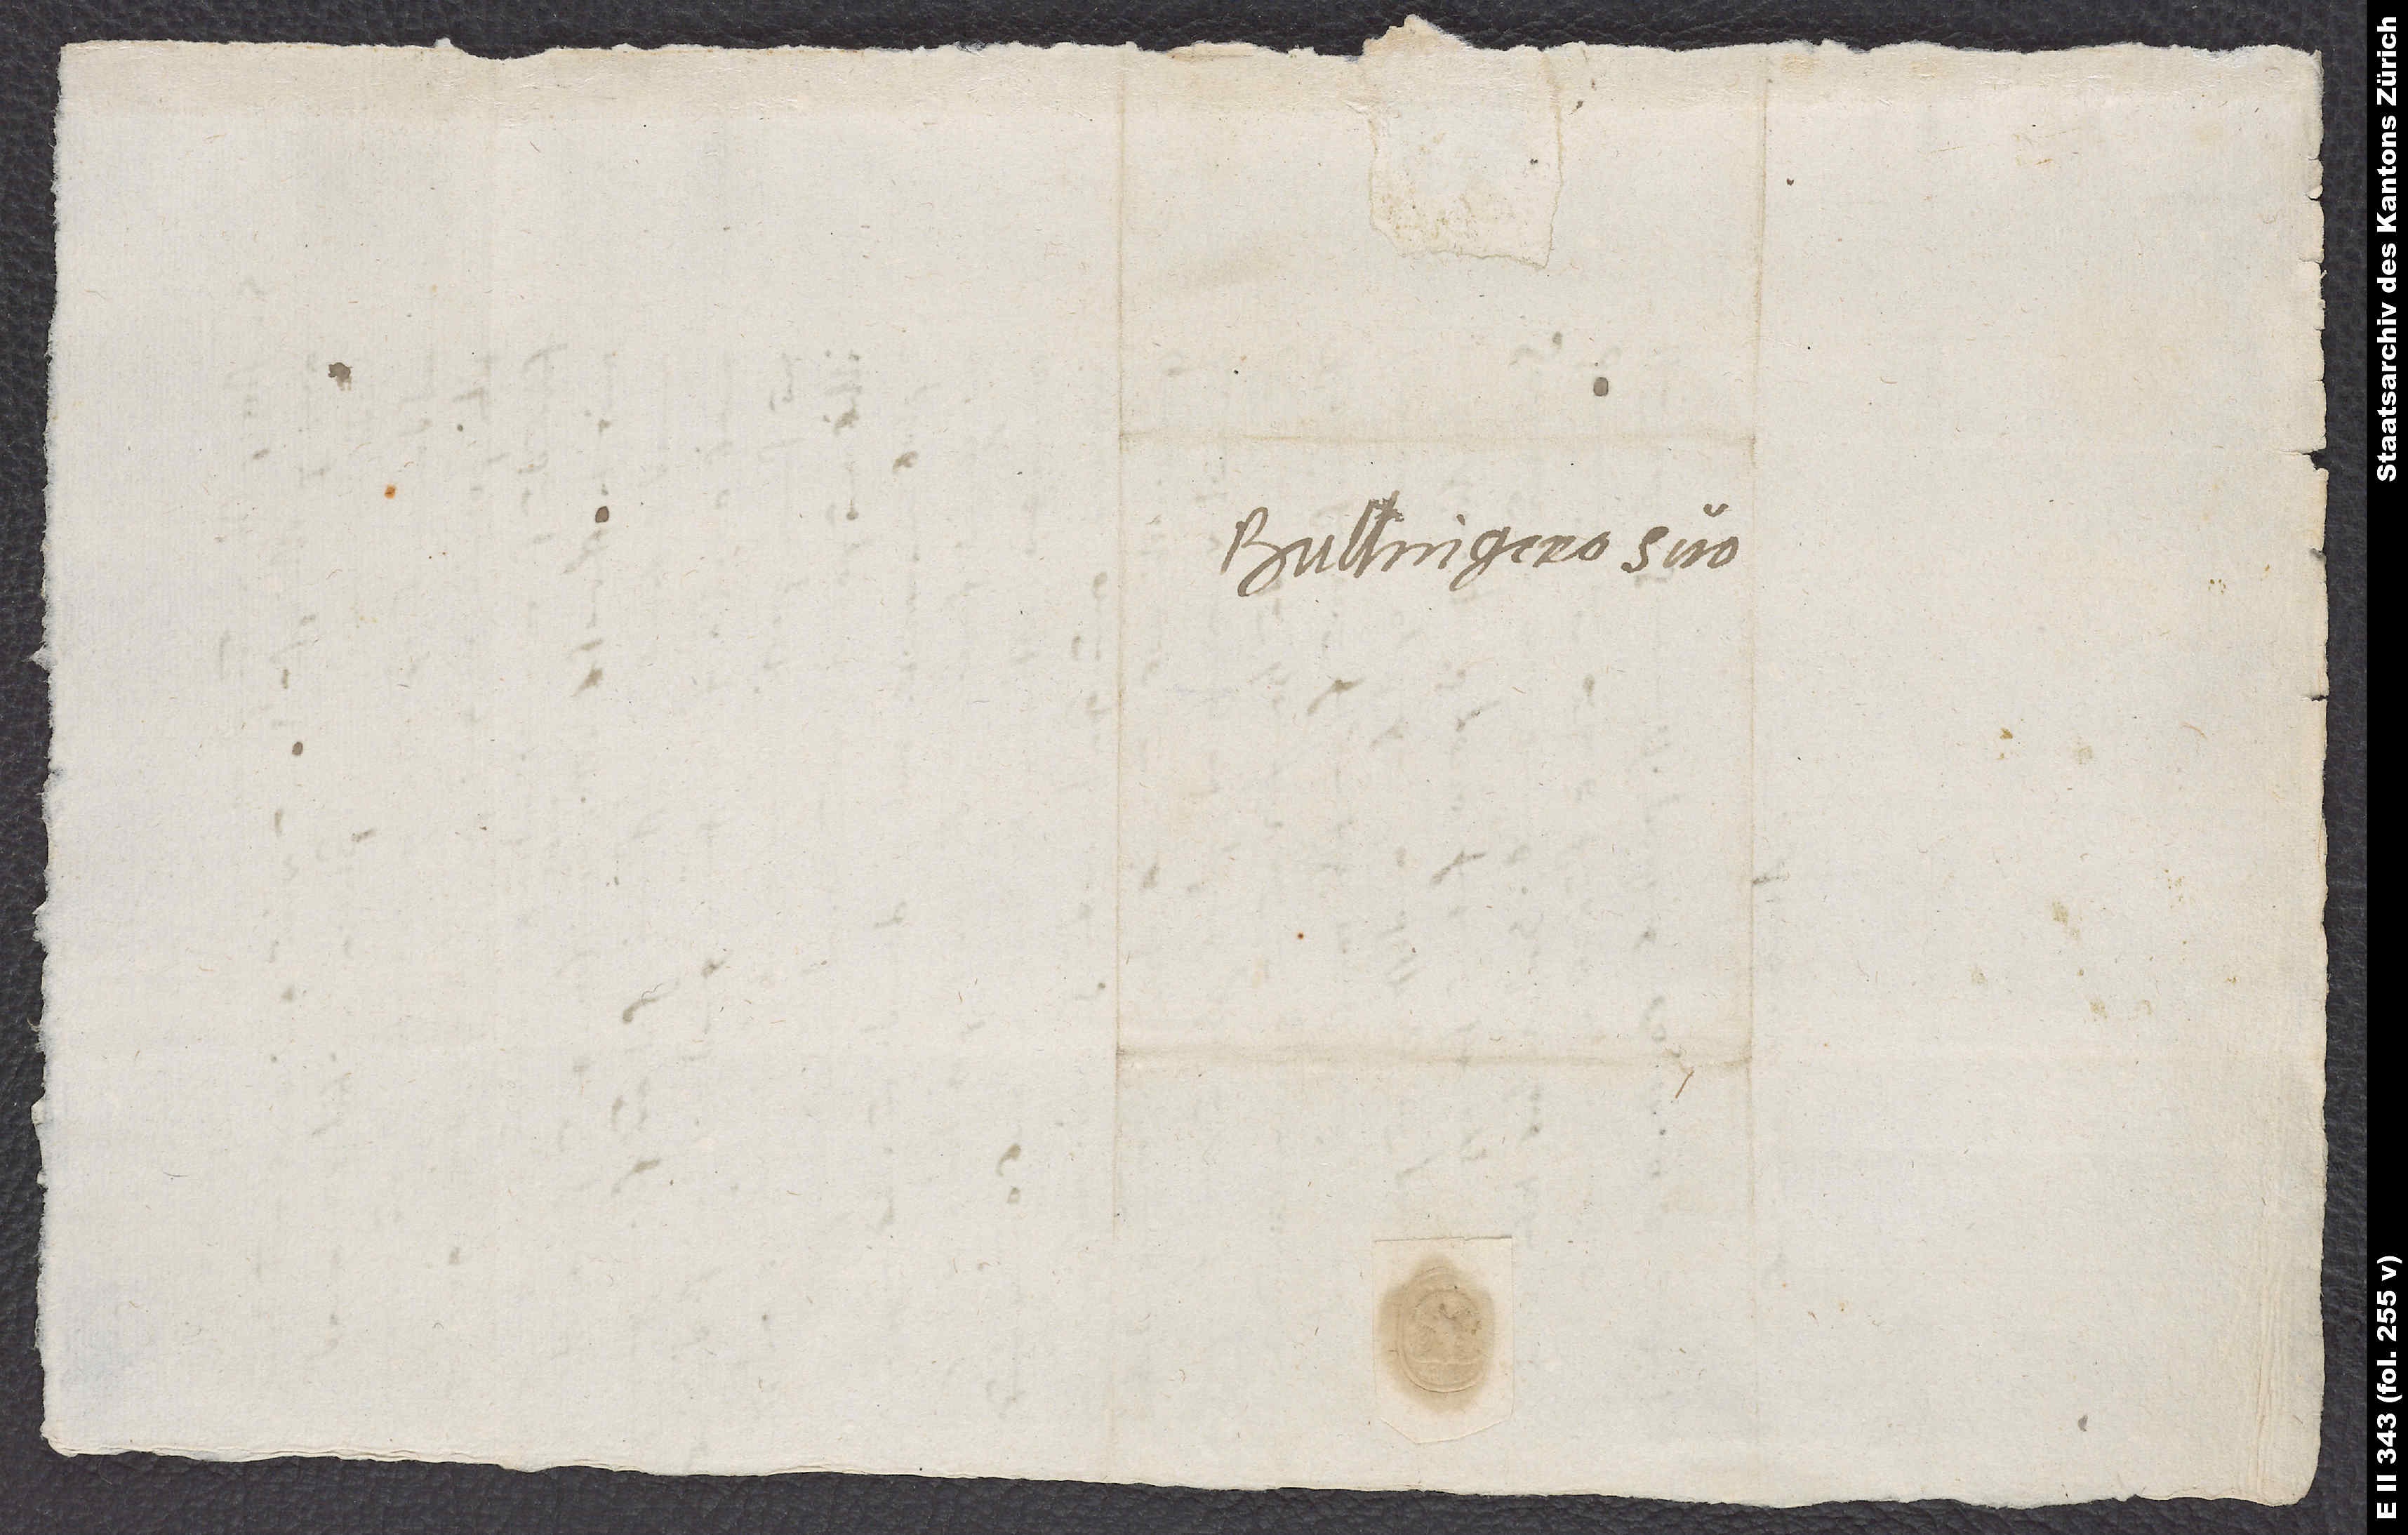
Bullingero suo.